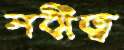
নবীত্ব